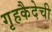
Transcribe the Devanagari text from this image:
गृहकैदेची